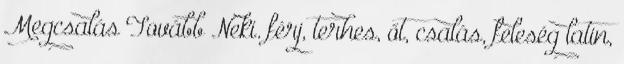
Megcsalás Tovább Neki. férj, terhes, őt, csalás, feleség latin,